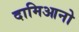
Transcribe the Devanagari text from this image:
दामिआनो